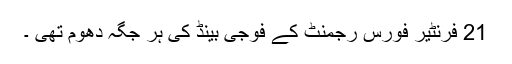
21 فرنٹیر فورس رجمنٹ کے فوجی بینڈ کی ہر جگہ دھوم تھی ۔